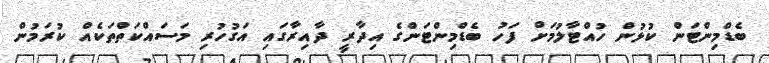
ބެޑްމިންޓަން ކުޅުން ހުއްޓާލުމަށް ފަހު ބެޑްމިންޓަންގެ އިދާރީ ދާއިރާގައި އަގުހުރި މަސައްކަތްތަކެއް ކުރަމުން